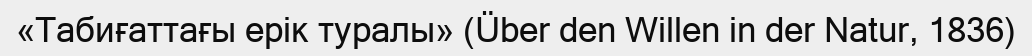
«Табиғаттағы ерік туралы» (Über den Willen in der Natur, 1836)